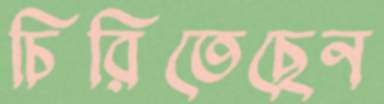
চিরিতেছেন